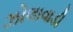
ઝોલાવાડી